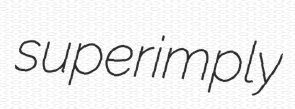
superimply